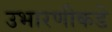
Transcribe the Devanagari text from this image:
उभारणीकडे